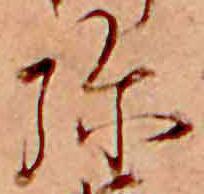
弥